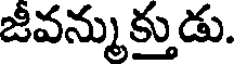
జీవన్ముక్తుడు.